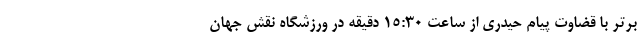
برتر با قضاوت پیام حیدری از ساعت ۱۵:۳۰ دقیقه در ورزشگاه نقش جهان